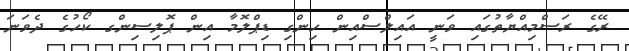
ރޭގެ ރަސްމިއްޔާތުގައި ވަނީ އައިލްސްއިން ހިންގި ޑިޕްލޮމާ އިން ޕޮލިސިންގ ކޯހުގެ ދެވަނަ